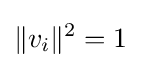
\lVert v_{i}\rVert ^{2}=1